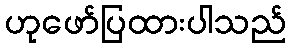
ဟုဖော်ပြထားပါသည်